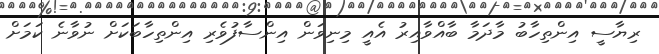
ރިޔާސީ އިންތިހާބު މާދަމާ ބާއްވާއިރު އެއީ މިނިވަން އިންސާފުވެރި އިންތިހާބަކަށް ނުވާނެ ކަމަށް